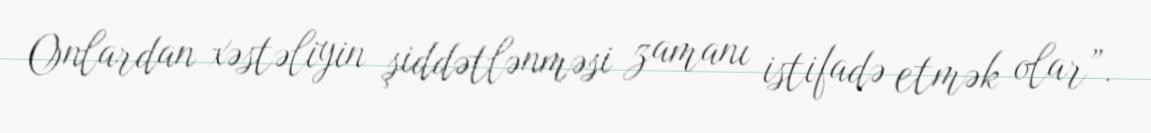
Onlardan xəstəliyin şiddətlənməsi zamanı istifadə etmək olar”.